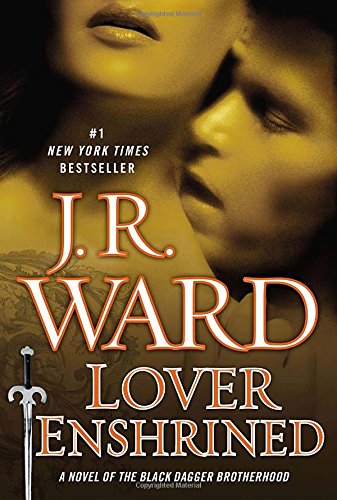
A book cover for Lover Enshrined: A Novel of the Black Dagger Brotherhood (Collector's Edition); J.R. Ward; Romance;